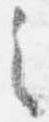
之